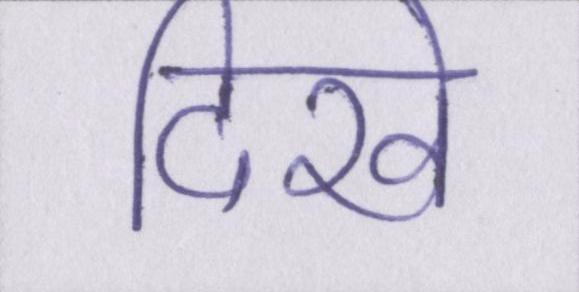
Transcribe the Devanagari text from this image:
दिखे